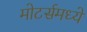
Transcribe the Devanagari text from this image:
मोटर्समध्ये